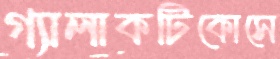
গ্যালাকটিকোসে